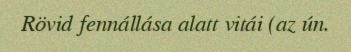
Rövid fennállása alatt vitái (az ún.